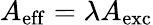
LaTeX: A_{\mathrm{eff}}=\lambda A_{\mathrm{exc}}